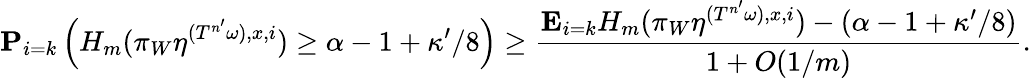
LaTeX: \mathbf P_{i=k}\left(H_{m}(\pi_{W}\eta^{({T^{n^{\prime}}\omega}),x,i})\geq\alpha-1+\kappa^{\prime}/8\right)\geq\frac{\mathbf E_{i=k}H_{m}(\pi_{W}\eta^{({T^{n^{\prime}}\omega}),x,i})-\left(\alpha-1+\kappa^{\prime}/8\right)}{1+O(1/m)}.